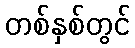
တစ်နှစ်တွင်